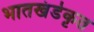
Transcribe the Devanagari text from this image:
भातखंडेकृत